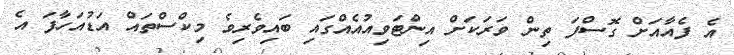
އެ ފެއާއަށް ގޮސްފަ ތިން ވަރަކަށް އިންޓަވިއުއެއްގައި ބައިވެރިވެ މިކްސްތައް އަޑުއަހާފަ އެ